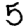
Digit: 5